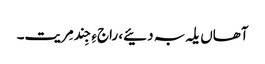
آھاں یلہ بہ دئیے، راجءِ جِند مِریت۔